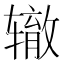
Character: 辙